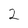
Character: 2